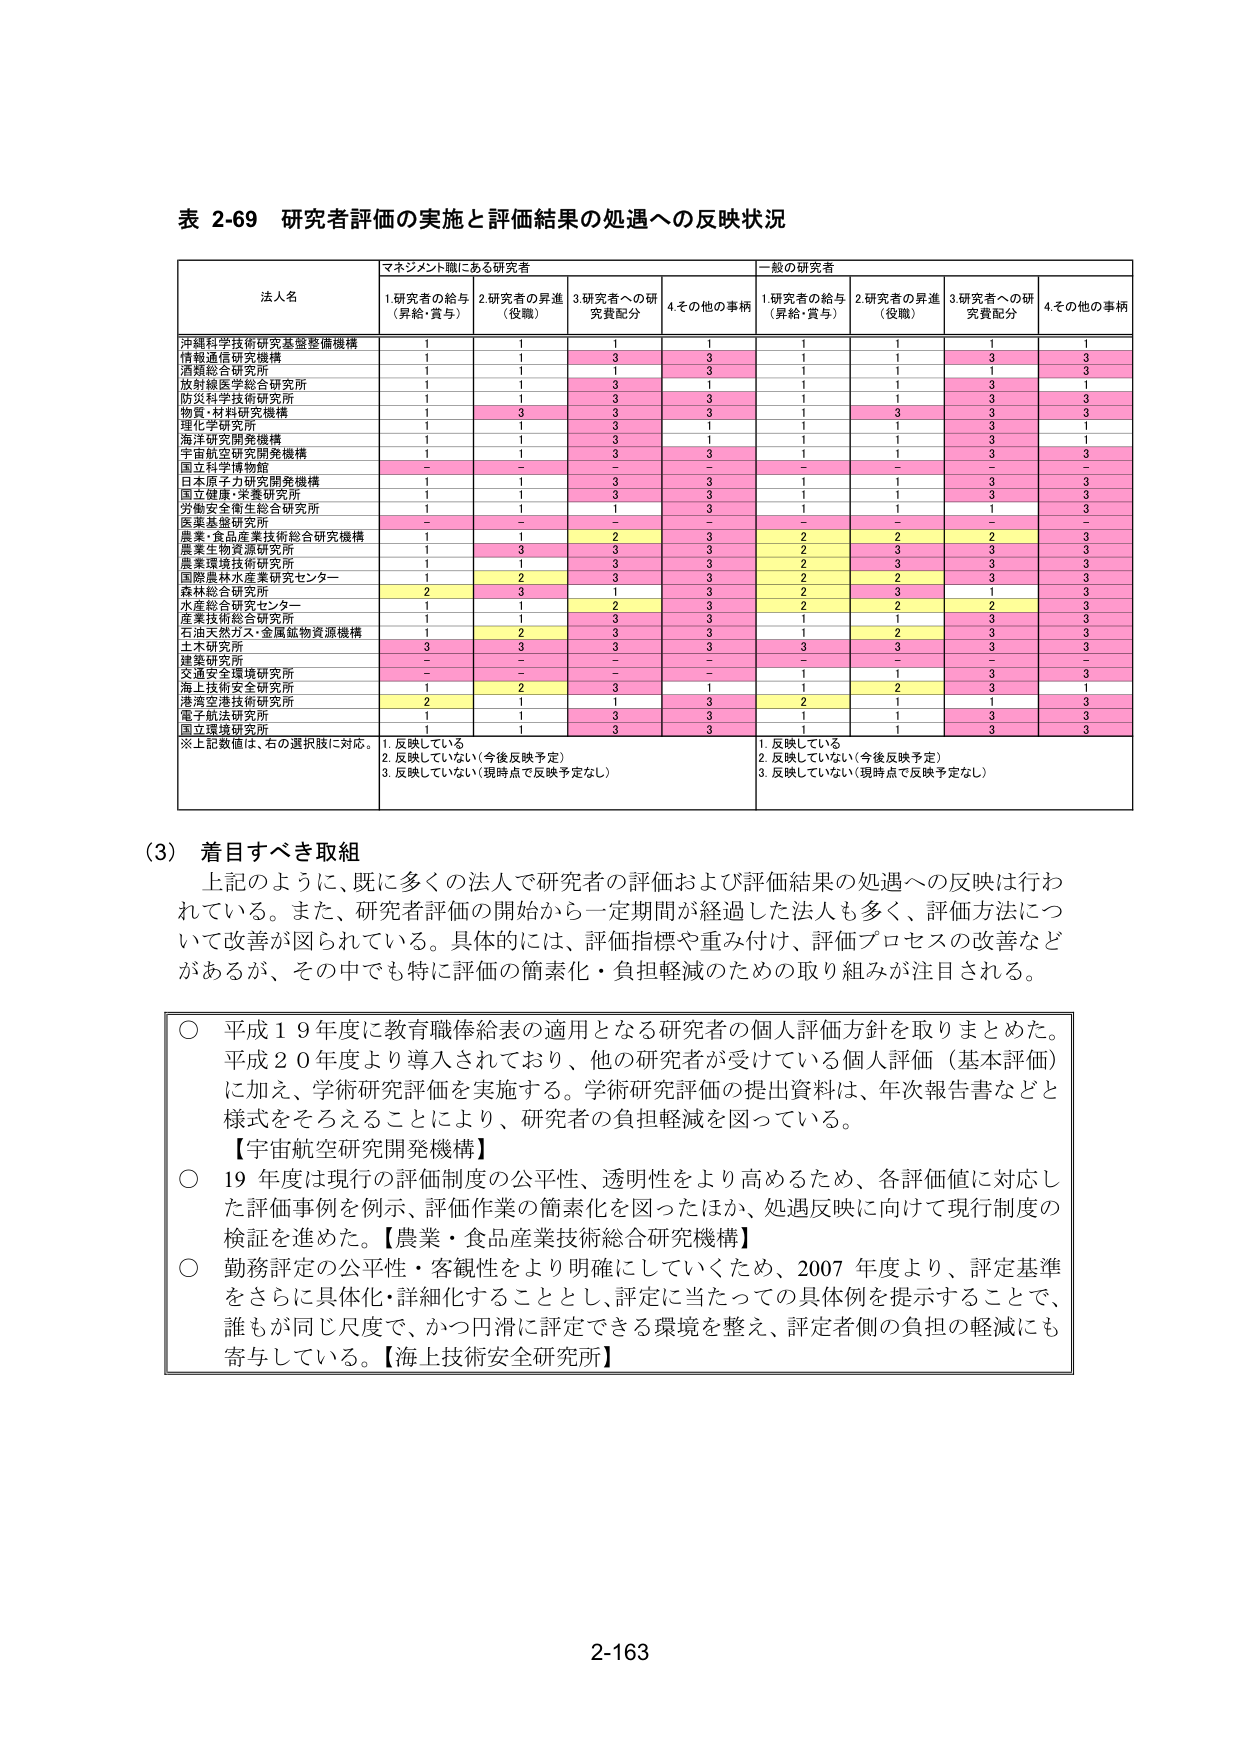
表 2-69 研究者評価の実施と評価結果の処遇への反映状況

法人名 マネジメント職にある研究者 一般の研究者
1.研究者の給与（昇給・賞与） 2.研究者の昇進（役職） 3.研究者への研究費配分 4.その他の事柄 1.研究者の給与（昇給・賞与） 2.研究者の昇進（役職） 3.研究者への研究費配分 4.その他の事柄

沖縄科学技術研究基盤整備機構 1 1 1 1 1 1 1 1
情報通信研究機構 1 1 3 3 1 1 3 3
酒類総合研究所 1 1 1 3 1 1 1 3
放射線医学総合研究所 1 1 3 1 1 1 3 1
防災科学技術研究所 1 1 3 3 1 1 3 3
物質・材料研究機構 1 3 3 3 1 3 3 3
理化学研究所 1 1 3 1 1 1 3 1
海洋研究開発機構 1 1 3 1 1 1 3 1
宇宙航空研究開発機構 1 1 3 3 1 1 3 3
国立科学博物館 - - - - - - - -
日本原子力研究開発機構 1 1 3 3 1 1 3 3
国立健康・栄養研究所 1 1 3 3 1 1 3 3
労働安全衛生総合研究所 1 1 1 3 1 1 1 3
医薬基盤研究所 - - - - - - - -
農業・食品産業技術総合研究機構 1 1 2 3 2 2 2 3
農業生物資源研究所 1 3 3 3 2 3 3 3
農業環境技術研究所 1 1 3 3 2 3 3 3
国際農林水産業研究センター 1 2 3 3 2 2 3 3
森林総合研究所 2 3 1 3 2 3 1 3
水産総合研究中心 1 1 2 3 2 2 2 3
産業技術総合研究所 1 1 3 3 1 1 3 3
石油天然ガス・金属鉱物資源機構 1 2 3 3 1 2 3 3
土木研究所 3 3 3 3 3 3 3 3
建築研究所 - - - - - - - -
交通安全環境研究所 - - - - 1 1 3 3
海上技術安全研究所 1 2 3 1 1 2 3 1
港湾空港技術研究所 2 1 1 3 2 1 1 3
電子航法研究所 1 1 3 3 1 1 3 3
国立環境研究所 1 1 3 3 1 1 3 3

※上記数値は、右の選択肢に対応。 1.反映している 1.反映している
2.反映していない（今後反映予定） 2.反映していない（今後反映予定）
3.反映していない（現時点で反映予定なし） 3.反映していない（現時点で反映予定なし）

（3）着目すべき取組
上記のように、既に多くの法人で研究者の評価および評価結果の処遇への反映は行われている。また、研究者評価の開始から一定期間が経過した法人も多く、評価方法について改善が図られている。具体的には、評価指標や重み付け、評価プロセスの改善などがあるが、その中でも特に評価の簡素化・負担軽減のための取り組みが注目される。

○ 平成19年度に教育職俸給表の適用となる研究者の個人評価方針を取りまとめた。平成20年度より導入されており、他の研究者が受けている個人評価（基本評価）に加え、学術研究評価を実施する。学術研究評価の提出資料は、年次報告書などと様式をそろえることにより、研究者の負担軽減を図っている。【宇宙航空研究開発機構】

○ 19年度は現行の評価制度の公平性、透明性をより高めるため、各評価値に対応した評価事例を例示、評価作業の簡素化を図ったほか、処遇反映に向けて現行制度の検証を進めた。【農業・食品産業技術総合研究機構】

○ 勤務評定の公平性・客観性をより明確にしていくため、2007年度より、評定基準をさらに具体化・詳細化することとし、評定に当たっての具体例を提示することで、誰もが同じ尺度で、かつ円滑に評定できる環境を整え、評定者側の負担の軽減にも寄与している。【海上技術安全研究所】

2-163